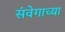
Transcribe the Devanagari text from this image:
संवेगाच्या